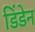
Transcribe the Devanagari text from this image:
डिंडेन